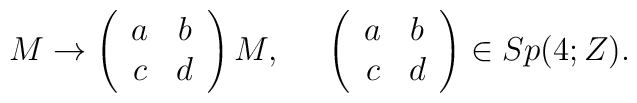
M \rightarrow \left( \begin{array}{cc}a&b\\c&d \end{array}\right)M ,\;\;\;\;\; \left( \begin{array}{cc}a&b\\c&d \end{array}\right) \in Sp(4; Z).